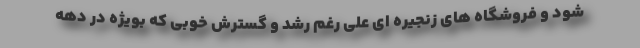
شود و فروشگاه های زنجیره ای علی رغم رشد و گسترش خوبی که بویژه در دهه